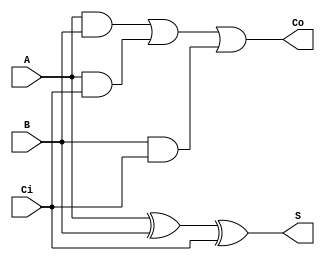
`timescale 1ns / 1ps
//////////////////////////////////////////////////////////////////////////////////
// Company: 
// Engineer: 
// 
// Design Name: 
// Module Name: FullAdder
// Project Name: 
// Target Devices: 
// Tool Versions: 
// Description: 
// 
// Dependencies: 
// 
// Revision:
// Revision 0.01 - File Created
// Additional Comments:
// 
//////////////////////////////////////////////////////////////////////////////////


module FullAdder(A,B,Ci,S,Co);
input A, B;
input Ci;
output S;
output Co;

wire S, Co;

assign S = A ^ B ^ Ci;
assign Co = A&B | A&Ci | B&Ci;


endmodule